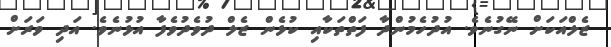
ޒެލްއަކަށް ނޭގުނެވެ. އުދުހެމުންދާ ފަތްތަކާއި ކުޅެން ޒެލް ދުވެދުވެފާ އުޅުނެވެ. އަދި ވަރަށް